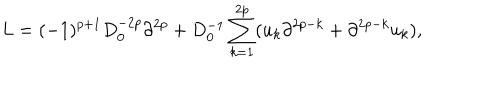
LaTeX: L = ( - 1 ) ^ { p + 1 } D _ { 0 } ^ { - 2 p } \partial ^ { 2 p } + D _ { 0 } ^ { - 1 } \sum _ { k = 1 } ^ { 2 p } ( u _ { k } \partial ^ { 2 p - k } + \partial ^ { 2 p - k } u _ { k } ) ,